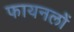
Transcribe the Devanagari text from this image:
फायनलों